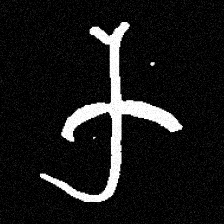
Pyu character \u2014 Myanmar letter: က (romanized: ka)